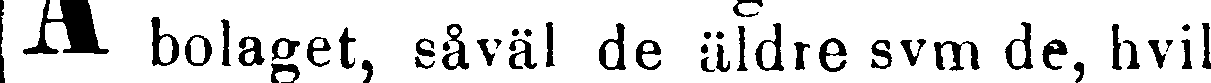
A bolaget, såväl de äldre svm de, hvil-